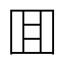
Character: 囬